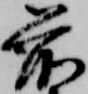
前